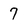
Character: 7